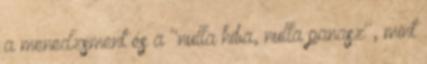
a menedzsment és a "nulla hiba, nulla panasz", mint